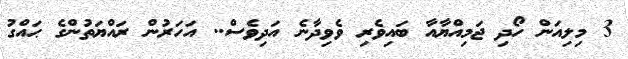
3 މިލިއަން ހޯދި ޖަމިއްޔާއާ ބައިވެރި ވެވިދާނެ އަދިވެސް.. އަހަރުން ރައްޔަތުންގެ ޙައްގު